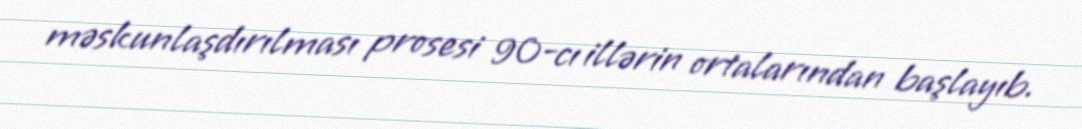
məskunlaşdırılması prosesi 90-cı illərin ortalarından başlayıb.